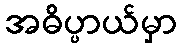
အဓိပ္ပာယ်မှာ